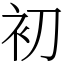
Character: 初